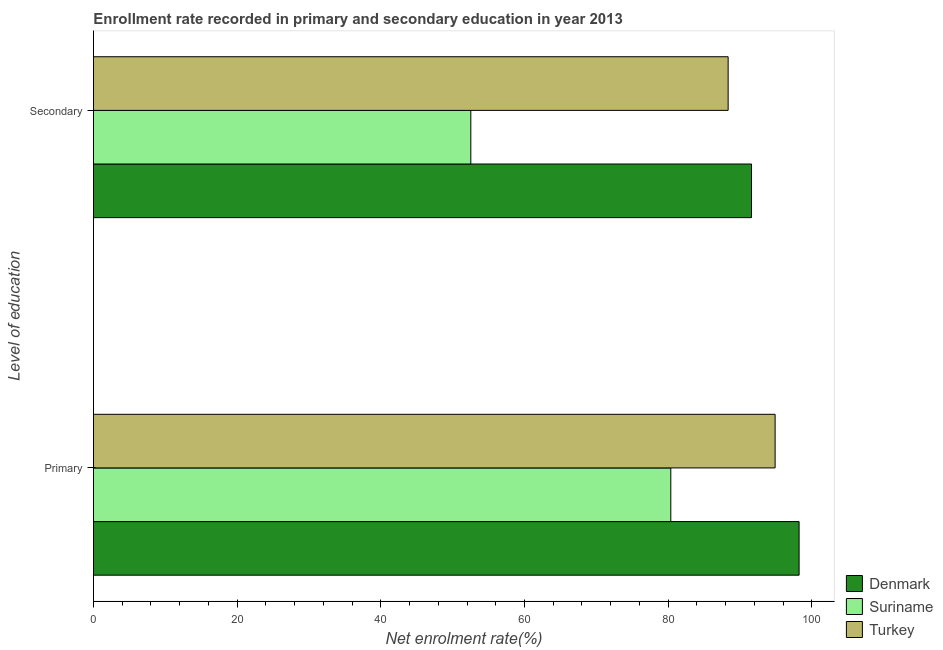
| Level of education | Denmark | Suriname | Turkey |
 | --- | --- | --- | --- |
 | Primary | 98.2 | 80.4 | 94.9 |
 | Secondary | 91.6 | 52.5 | 88.3 |